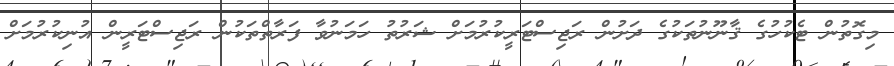
މިގޮތުން ޓެކުހުގެ ޤާނޫނުތަކުގެ ދަށުން ރަޖިސްޓަރީކުރުމަށް ޝަރުތު ހަމަނުވާ ފަރާތްތަކުން ރަޖިސްޓަރީން އުނިކުރުމަށް